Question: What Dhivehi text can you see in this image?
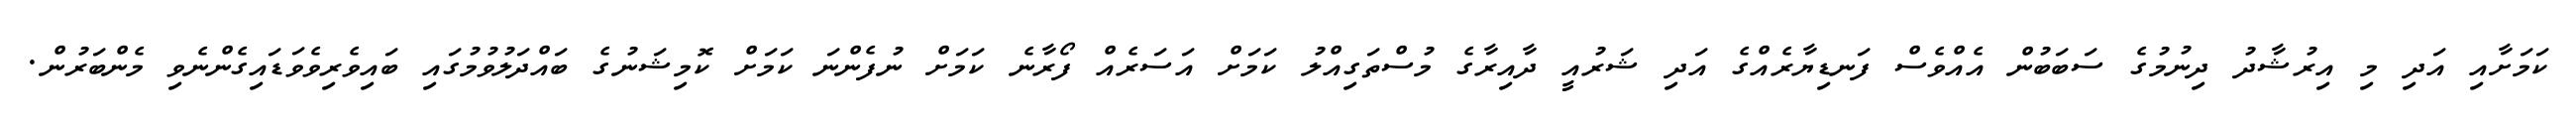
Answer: ކަމަށާއި އަދި މި އިރުޝާދު ދިނުމުގެ ސަބަބުން އެއްވެސް ފަނޑިޔާރެއްގެ އަދި ޝަރުއީ ދާއިރާގެ މުސްތަގިއްލު ކަމަށް އަސަރެއް ފޯރާނެ ކަމަށް ނުފެންނަ ކަމަށް ކޮމިޝަނުގެ ބައްދަލުވުމުގައި ބައިވެރިވެވަޑައިގެންނެވި މެންބަރުން.